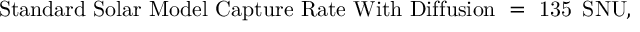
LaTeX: \mathrm { S t a n d a r d ~ S o l a r ~ M o d e l ~ C a p t u r e ~ R a t e ~ W i t h ~ D i f f u s i o n ~ = ~ 1 3 5 ~ \, S N U } ,